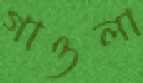
গাওলা